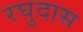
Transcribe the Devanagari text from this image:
रघुदास